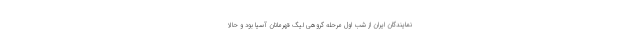
نمایندگان ایران از شب اول مرحله گروهی لیگ قهرمانان آسیا بود و حالا